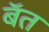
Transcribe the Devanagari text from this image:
बॅत